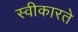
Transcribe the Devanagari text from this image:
स्‍वीकारते